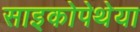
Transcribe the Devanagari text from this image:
साइकोपेथेया